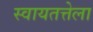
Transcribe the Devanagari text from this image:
स्वायतत्तेला